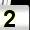
Digit: 2